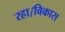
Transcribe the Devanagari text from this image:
रहा।विकास